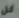
كل